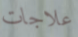
علاجات